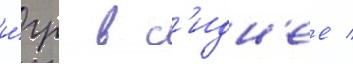
и́гр в с'идн'ее /